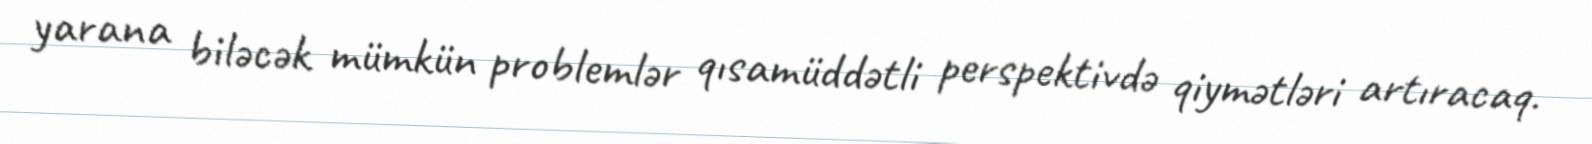
yarana biləcək mümkün problemlər qısamüddətli perspektivdə qiymətləri artıracaq.